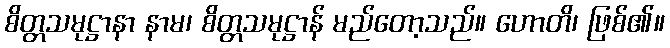
စိတ္တသမုဋ္ဌာနာ နာမ၊ စိတ္တသမုဋ္ဌာန် မည်တော့သည်။ ဟောတိ၊ ဖြစ်၏။